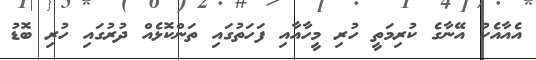
އެއާއެކު އޭނާގެ ކުރިމަތީ ހުރި މީހާއާއި ފަހަތުގައި ތަންކޮޅެއް ދުރުގައި ހުރި ބޮޑު